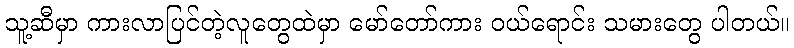
သူ့ဆီမှာ ကားလာပြင်တဲ့လူတွေထဲမှာ မော်တော်ကား ဝယ်ရောင်း သမားတွေ ပါတယ်။